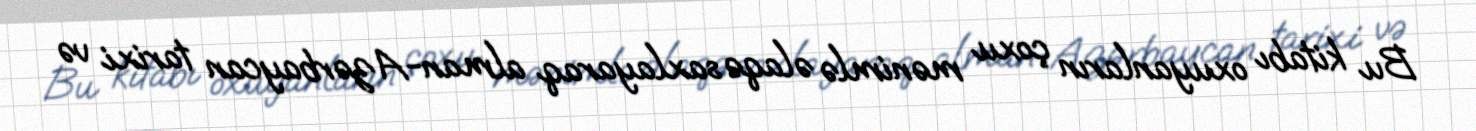
Bu kitabı oxuyanların çoxu mənimlə əlaqə saxlayaraq alman-Azərbaycan tarixi və